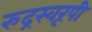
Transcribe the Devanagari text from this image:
रुद्रस्वरूपी